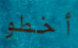
أخطو